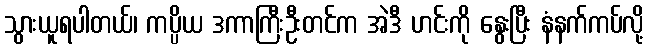
သွားယူရပါတယ်၊ ကပ္ပိယ ဒကာကြီးဦးတင်က အဲဒီ ဟင်းကို နွေးပြီး နံနက်ကပ်လို့